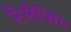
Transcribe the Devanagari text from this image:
रिलैप्सिंग